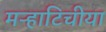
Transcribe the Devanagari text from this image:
मऱ्हाटिचीया